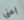
اعني